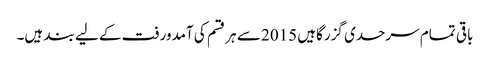
باقی تمام سرحدی گزرگاہیں 2015 سے ہر قسم کی آمدورفت کے لیے بند ہیں۔